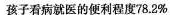
孩子看病就医的便利程度78.2%